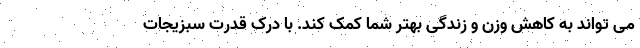
می تواند به کاهش وزن و زندگی بهتر شما کمک کند. با درک قدرت سبزیجات